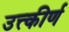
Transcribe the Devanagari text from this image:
उत्त्कीर्ण